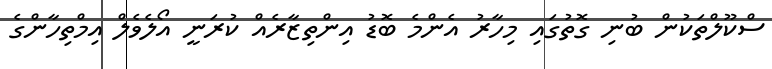
ސްކޫލްތަކުން ބުނި ގޮތުގައި މިހާރު އެންމެ ބޮޑު އިންތިޒާރެއް ކުރަނީ އޯލެވެލް އިމްތިހާންގެ